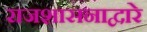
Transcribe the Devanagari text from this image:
राजशासनाद्वारे